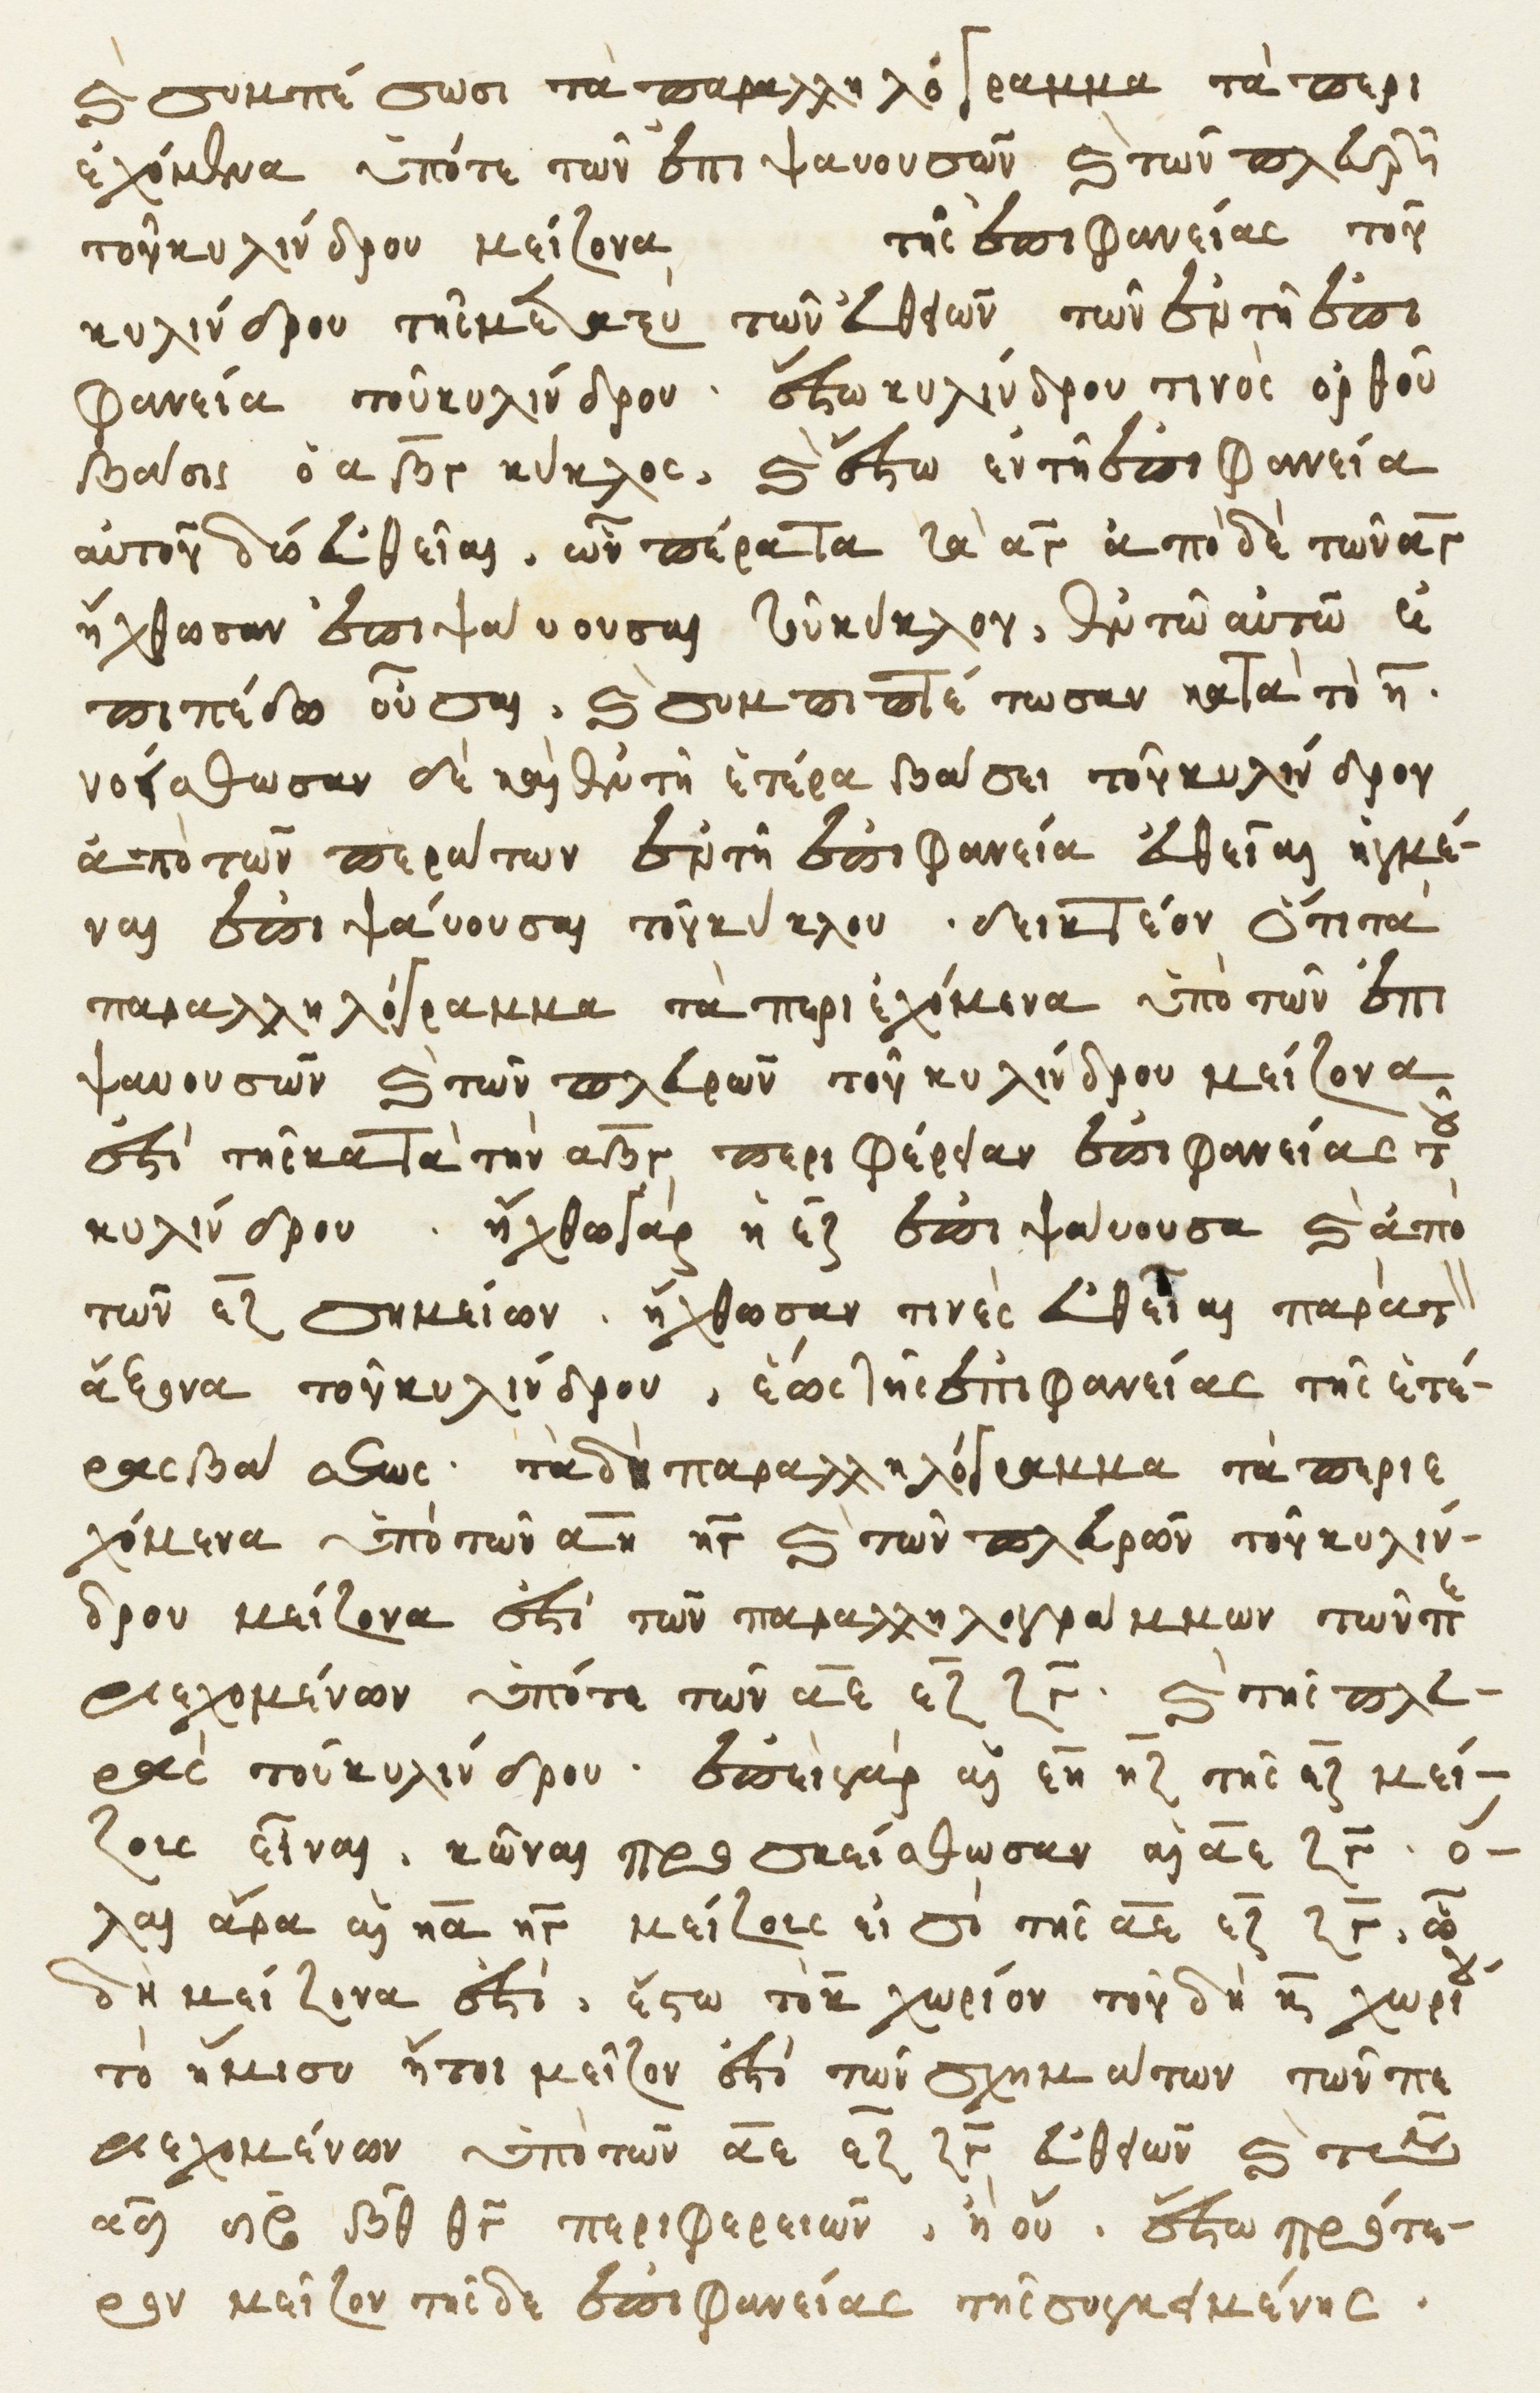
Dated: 1541–1541